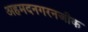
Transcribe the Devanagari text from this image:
अहमदनगरनजीक